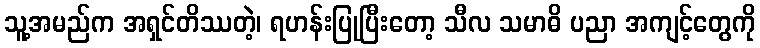
သူ့အမည်က အရှင်တိဿတဲ့၊ ရဟန်းပြုပြီးတော့ သီလ သမာဓိ ပညာ အကျင့်တွေကို